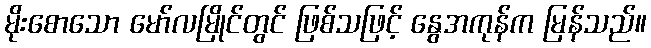
မိုးစောသော မော်လမြိုင်တွင် ဖြစ်သဖြင့် နွေအကုန်က မြန်သည်။